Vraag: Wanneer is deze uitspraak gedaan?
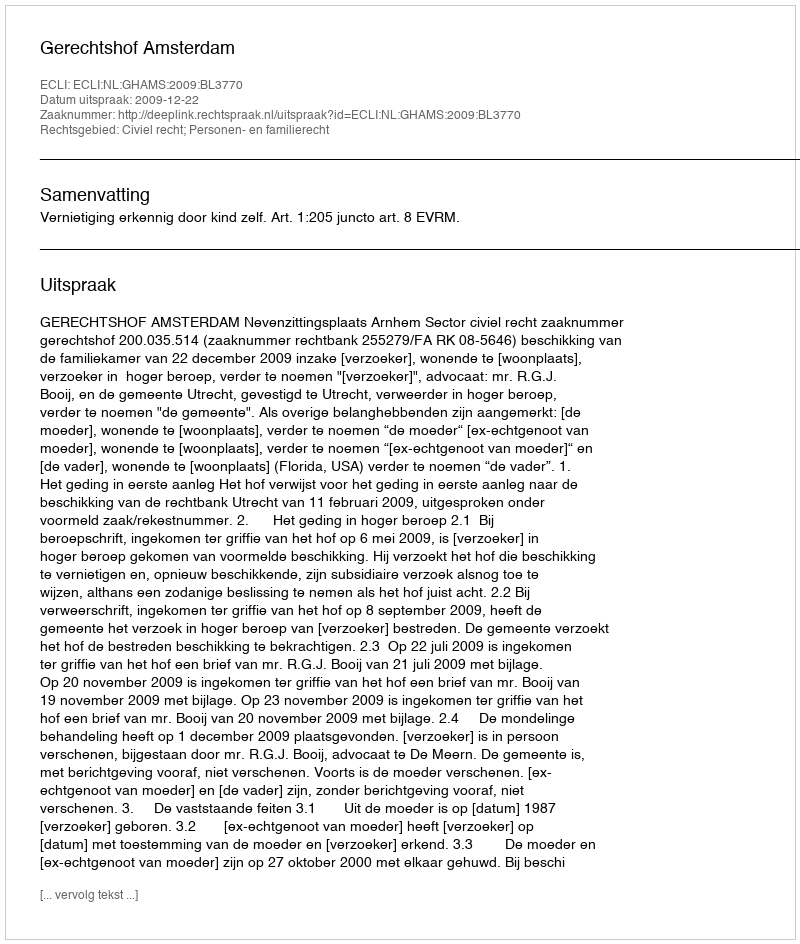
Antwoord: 2009-12-22